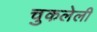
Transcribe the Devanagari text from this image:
चुकलेली